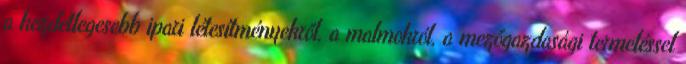
a kezdetlegesebb ipari létesítményekről, a malmokról, a mezőgazdasági termeléssel